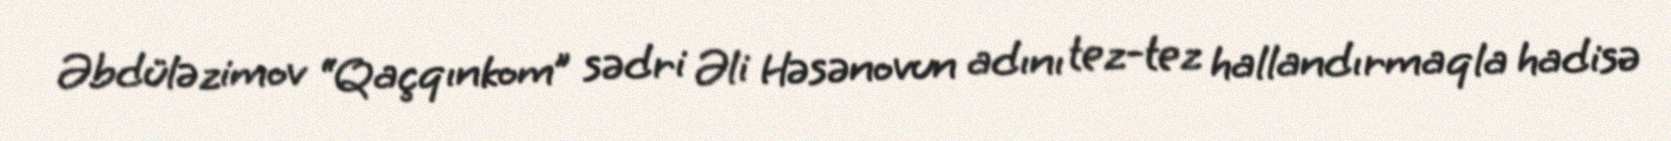
Əbdüləzimov “Qaçqınkom” sədri Əli Həsənovun adını tez-tez hallandırmaqla hadisə